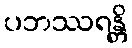
ပဘဿရန္တိ